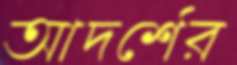
আদর্শের